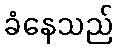
ခံနေသည်